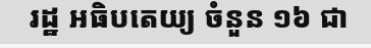
រដ្ឋ អធិបតេយ្យ ចំនួន ១៦ ជា